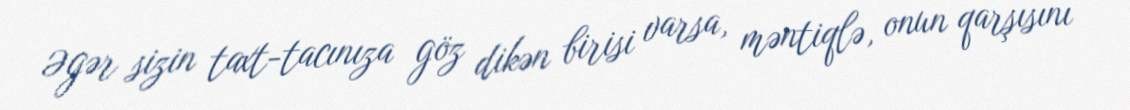
Əgər sizin taxt-tacınıza göz dikən birisi varsa, məntiqlə, onun qarşısını